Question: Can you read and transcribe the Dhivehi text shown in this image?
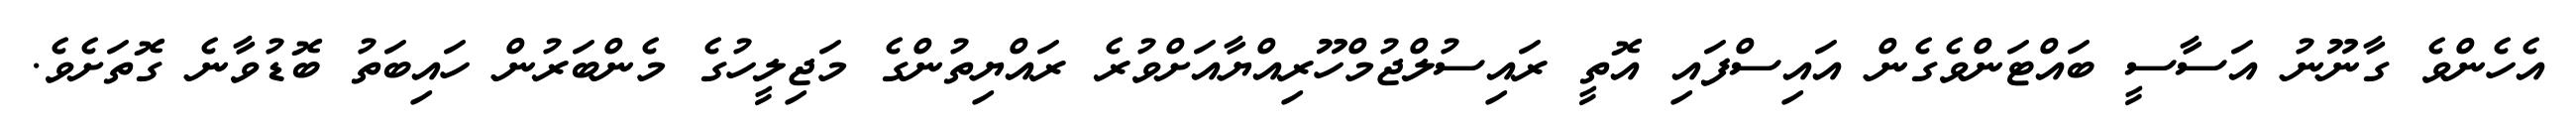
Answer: އެހެންވެ ގާނޫނު އަސާސީ ބައްޓަންވެގެން އައިސްފައި އޮތީ ރައިސުލްޖުމްހޫރިއްޔާއަށްވުރެ ރައްޔިތުންގެ މަޖިލީހުގެ މެންބަރުން ހައިބަތު ބޮޑުވާނެ ގޮތަށެވެ.